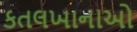
કતલખાનાઓ